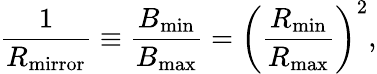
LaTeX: \frac{1}{R_{\mathrm{mirror}}}\equiv\frac{B_{\mathrm{min}}}{B_{\mathrm{max}}}=\left(\frac{R_{\mathrm{min}}}{R_{\mathrm{max}}}\right)^{2},